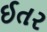
ઈતર